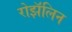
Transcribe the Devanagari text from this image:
रोझॅलिन